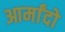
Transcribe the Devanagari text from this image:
आर्मांदो